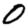
Digit: 0